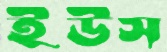
ইউস